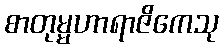
စာတုမ္မဟာရာဇိကေသု